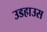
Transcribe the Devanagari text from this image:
उडहाउस